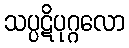
သပ္ပဋိပုဂ္ဂလော